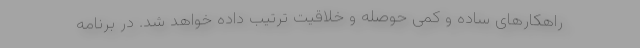
راهکارهای ساده و کمی حوصله و خلاقیت ترتیب داده خواهد شد. در برنامه